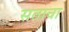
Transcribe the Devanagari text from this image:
सताचा